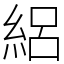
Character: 絽